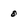
Character: 0